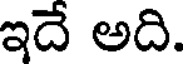
ఇదే అది.